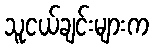
သူငယ်ချင်းများက